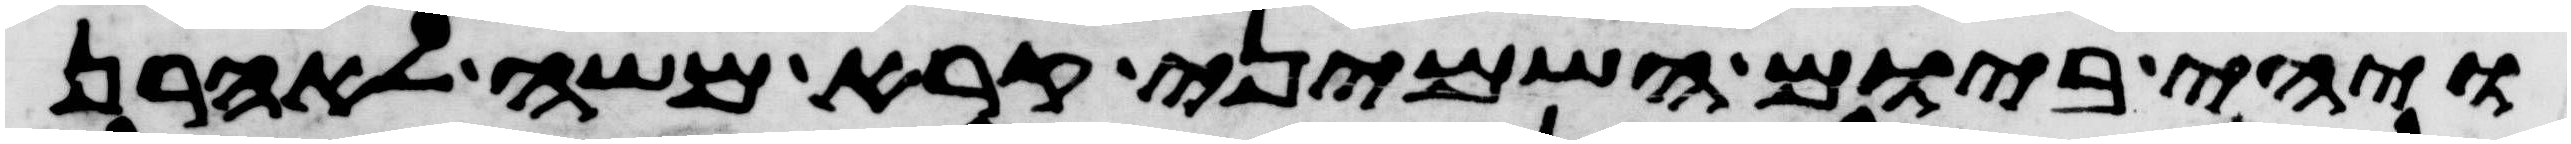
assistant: ויהי ביום השמיני קרא משה לאהרן